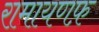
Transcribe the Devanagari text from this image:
रामायणफ़